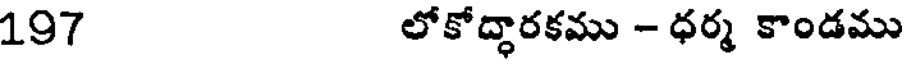
197 లోకోద్ధారకము - ధర్మ కాండము